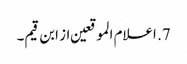
7. اعلام الموقعین از ابن قیم۔